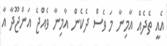
އެއީ ތެދެއް އާމިނާ މަ ވެސް ދެކެން އާމިނާ ވެއްޖެ އަންޖޫދާ އާ